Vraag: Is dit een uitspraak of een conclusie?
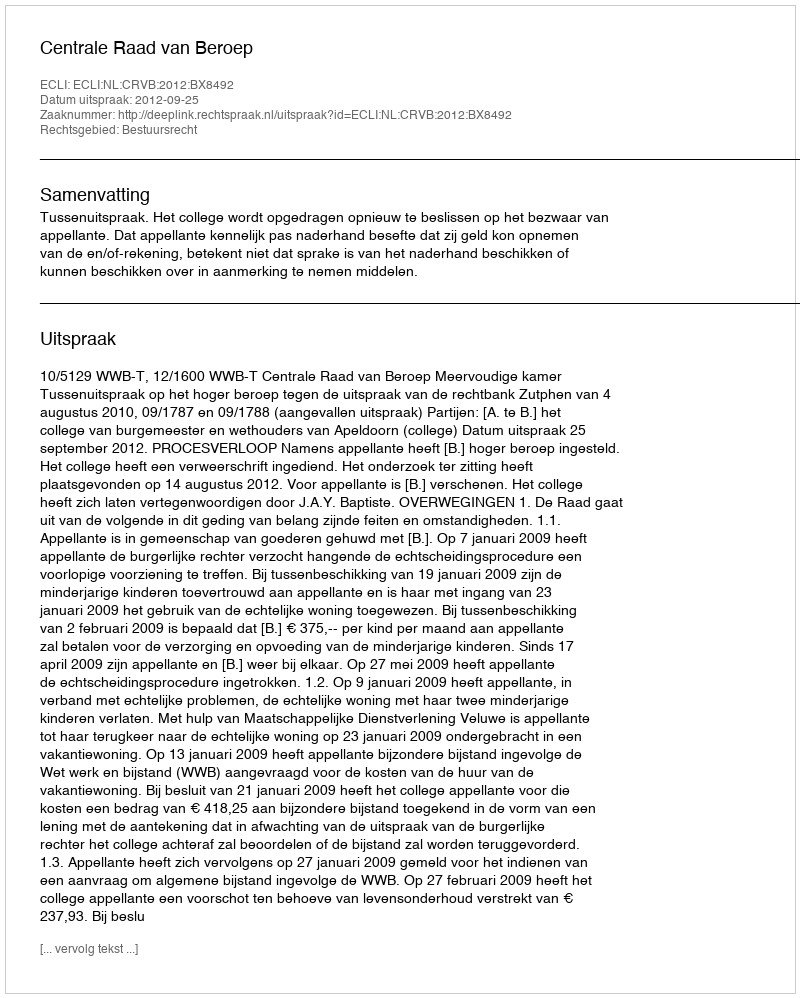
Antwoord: Uitspraak